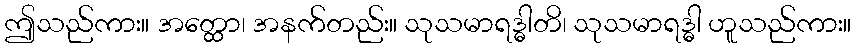
ဤသည်ကား။ အတ္ထော၊ အနက်တည်း။ သုသမာရဒ္ဓါတိ၊ သုသမာရဒ္ဓါ ဟူသည်ကား။